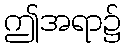
ဤအရာ၌